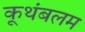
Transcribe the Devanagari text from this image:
कूथंबलम